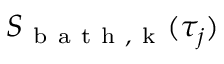
S _ { \mathrm { ~ b ~ a ~ t ~ h ~ , ~ k ~ } } ( \tau _ { j } )